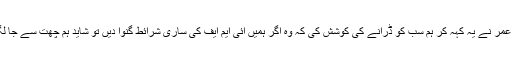
اسد عمر نے یہ کہہ کر ہم سب کو ڈرانے کی کوشش کی کہ وہ اگر ہمیں آئی ایم ایف کی ساری شرائط گنوا دیں تو شاید ہم چھت سے جا لگیں۔